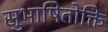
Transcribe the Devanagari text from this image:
सुभाषितोक्ति